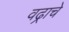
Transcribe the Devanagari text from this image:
वढ्राचे